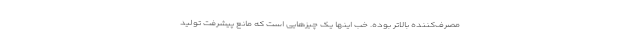
مصرف‌کننده بالاتر بوده. خب اینها یک چیزهایی است که مانع پیشرفت تولید